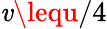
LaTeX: \mathit{v}\lequ/4